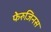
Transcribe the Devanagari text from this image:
फेरुजिनस